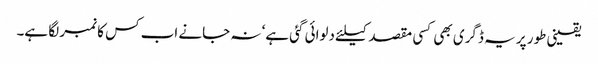
یقینی طور پر یہ ڈگری بھی کسی مقصد کیلئے دلوائی گئی ہے‘ نہ جانے اب کس کا نمبر لگا ہے۔